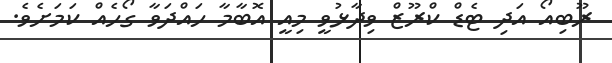
ރޫބިއޯ އަދި ޓެޑް ކްރޫޒް ވިދާޅުވީ މިއީ އޮބާމާ ހައްދަވާ ގޯހެއް ކަމަށެވެ.